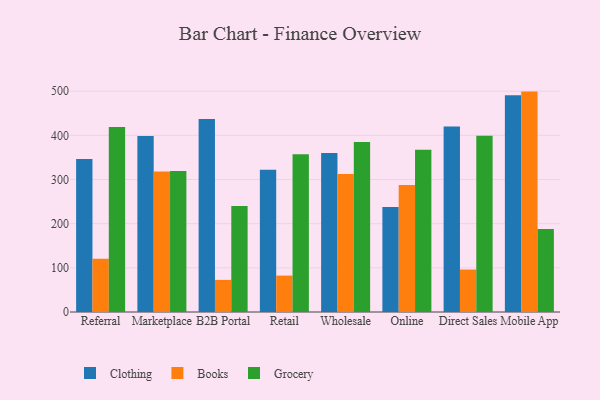
{"axis": {"x": "Channel", "y": "Bounce Rate (%)"}, "legend": ["Books", "Clothing", "Grocery"], "data": [{"x": "Referral", "y": 346.6, "type": "Clothing"}, {"x": "Referral", "y": 120.5, "type": "Books"}, {"x": "Referral", "y": 419.1, "type": "Grocery"}, {"x": "Marketplace", "y": 398.3, "type": "Clothing"}, {"x": "Marketplace", "y": 318.2, "type": "Books"}, {"x": "Marketplace", "y": 319.3, "type": "Grocery"}, {"x": "B2B Portal", "y": 437.3, "type": "Clothing"}, {"x": "B2B Portal", "y": 72.7, "type": "Books"}, {"x": "B2B Portal", "y": 239.8, "type": "Grocery"}, {"x": "Retail", "y": 322.3, "type": "Clothing"}, {"x": "Retail", "y": 82.4, "type": "Books"}, {"x": "Retail", "y": 357.5, "type": "Grocery"}, {"x": "Wholesale", "y": 360.2, "type": "Clothing"}, {"x": "Wholesale", "y": 312.3, "type": "Books"}, {"x": "Wholesale", "y": 384.8, "type": "Grocery"}, {"x": "Online", "y": 237.5, "type": "Clothing"}, {"x": "Online", "y": 287.6, "type": "Books"}, {"x": "Online", "y": 367.5, "type": "Grocery"}, {"x": "Direct Sales", "y": 419.8, "type": "Clothing"}, {"x": "Direct Sales", "y": 96.2, "type": "Books"}, {"x": "Direct Sales", "y": 399.3, "type": "Grocery"}, {"x": "Mobile App", "y": 490.7, "type": "Clothing"}, {"x": "Mobile App", "y": 499.1, "type": "Books"}, {"x": "Mobile App", "y": 187.7, "type": "Grocery"}]}